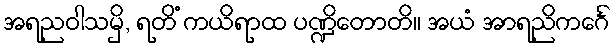
အရညဝါသမှိ, ရတိံ ကယိရာထ ပဏ္ဍိတောတိ။ အယံ အာရညိကင်္ဂေ